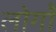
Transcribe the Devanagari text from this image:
लोगोें